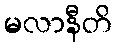
မလာနီတိ